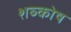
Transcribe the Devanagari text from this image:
शब्कोष